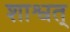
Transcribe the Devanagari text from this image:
शाश्वत्‌